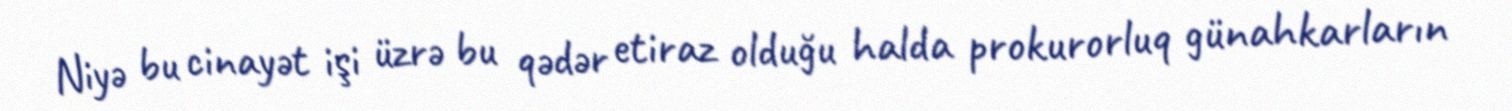
Niyə bu cinayət işi üzrə bu qədər etiraz olduğu halda prokurorluq günahkarların